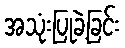
အသုံးပြုခဲ့ခြင်း